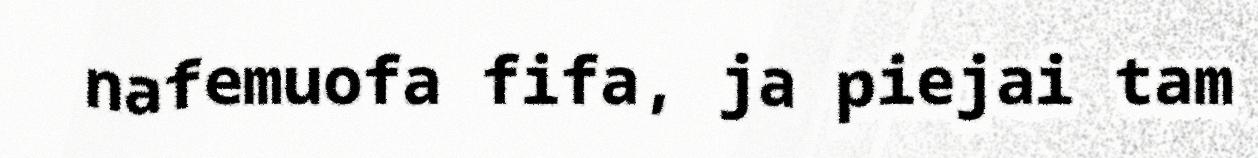
nafemuofa fifa, ja piejai tam